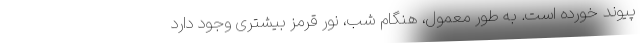
پیوند خورده است. به طور معمول، هنگام شب، نور قرمز بیشتری وجود دارد